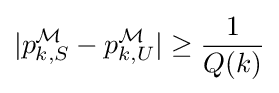
|p_{k,S}^{\mathcal {M}}-p_{k,U}^{\mathcal {M}}|\geq {\frac {1}{Q(k)}}